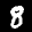
Label: 8